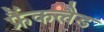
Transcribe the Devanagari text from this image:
फ्रैंकलैड